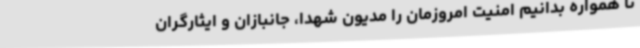
تا همواره بدانیم امنیت امروزمان را مدیون شهدا، جانبازان و ایثارگران